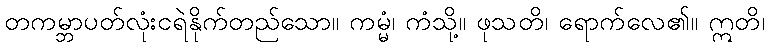
တကမ္ဘာပတ်လုံးငရဲနိုက်တည်သော။ ကမ္မံ၊ ကံသို့။ ဖုသတိ၊ ရောက်လေ၏။ ဣတိ၊